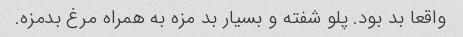
واقعا بد بود. پلو شفته و بسیار بد مزه به همراه مرغ بدمزه.